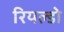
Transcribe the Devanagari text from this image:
रियल्डो